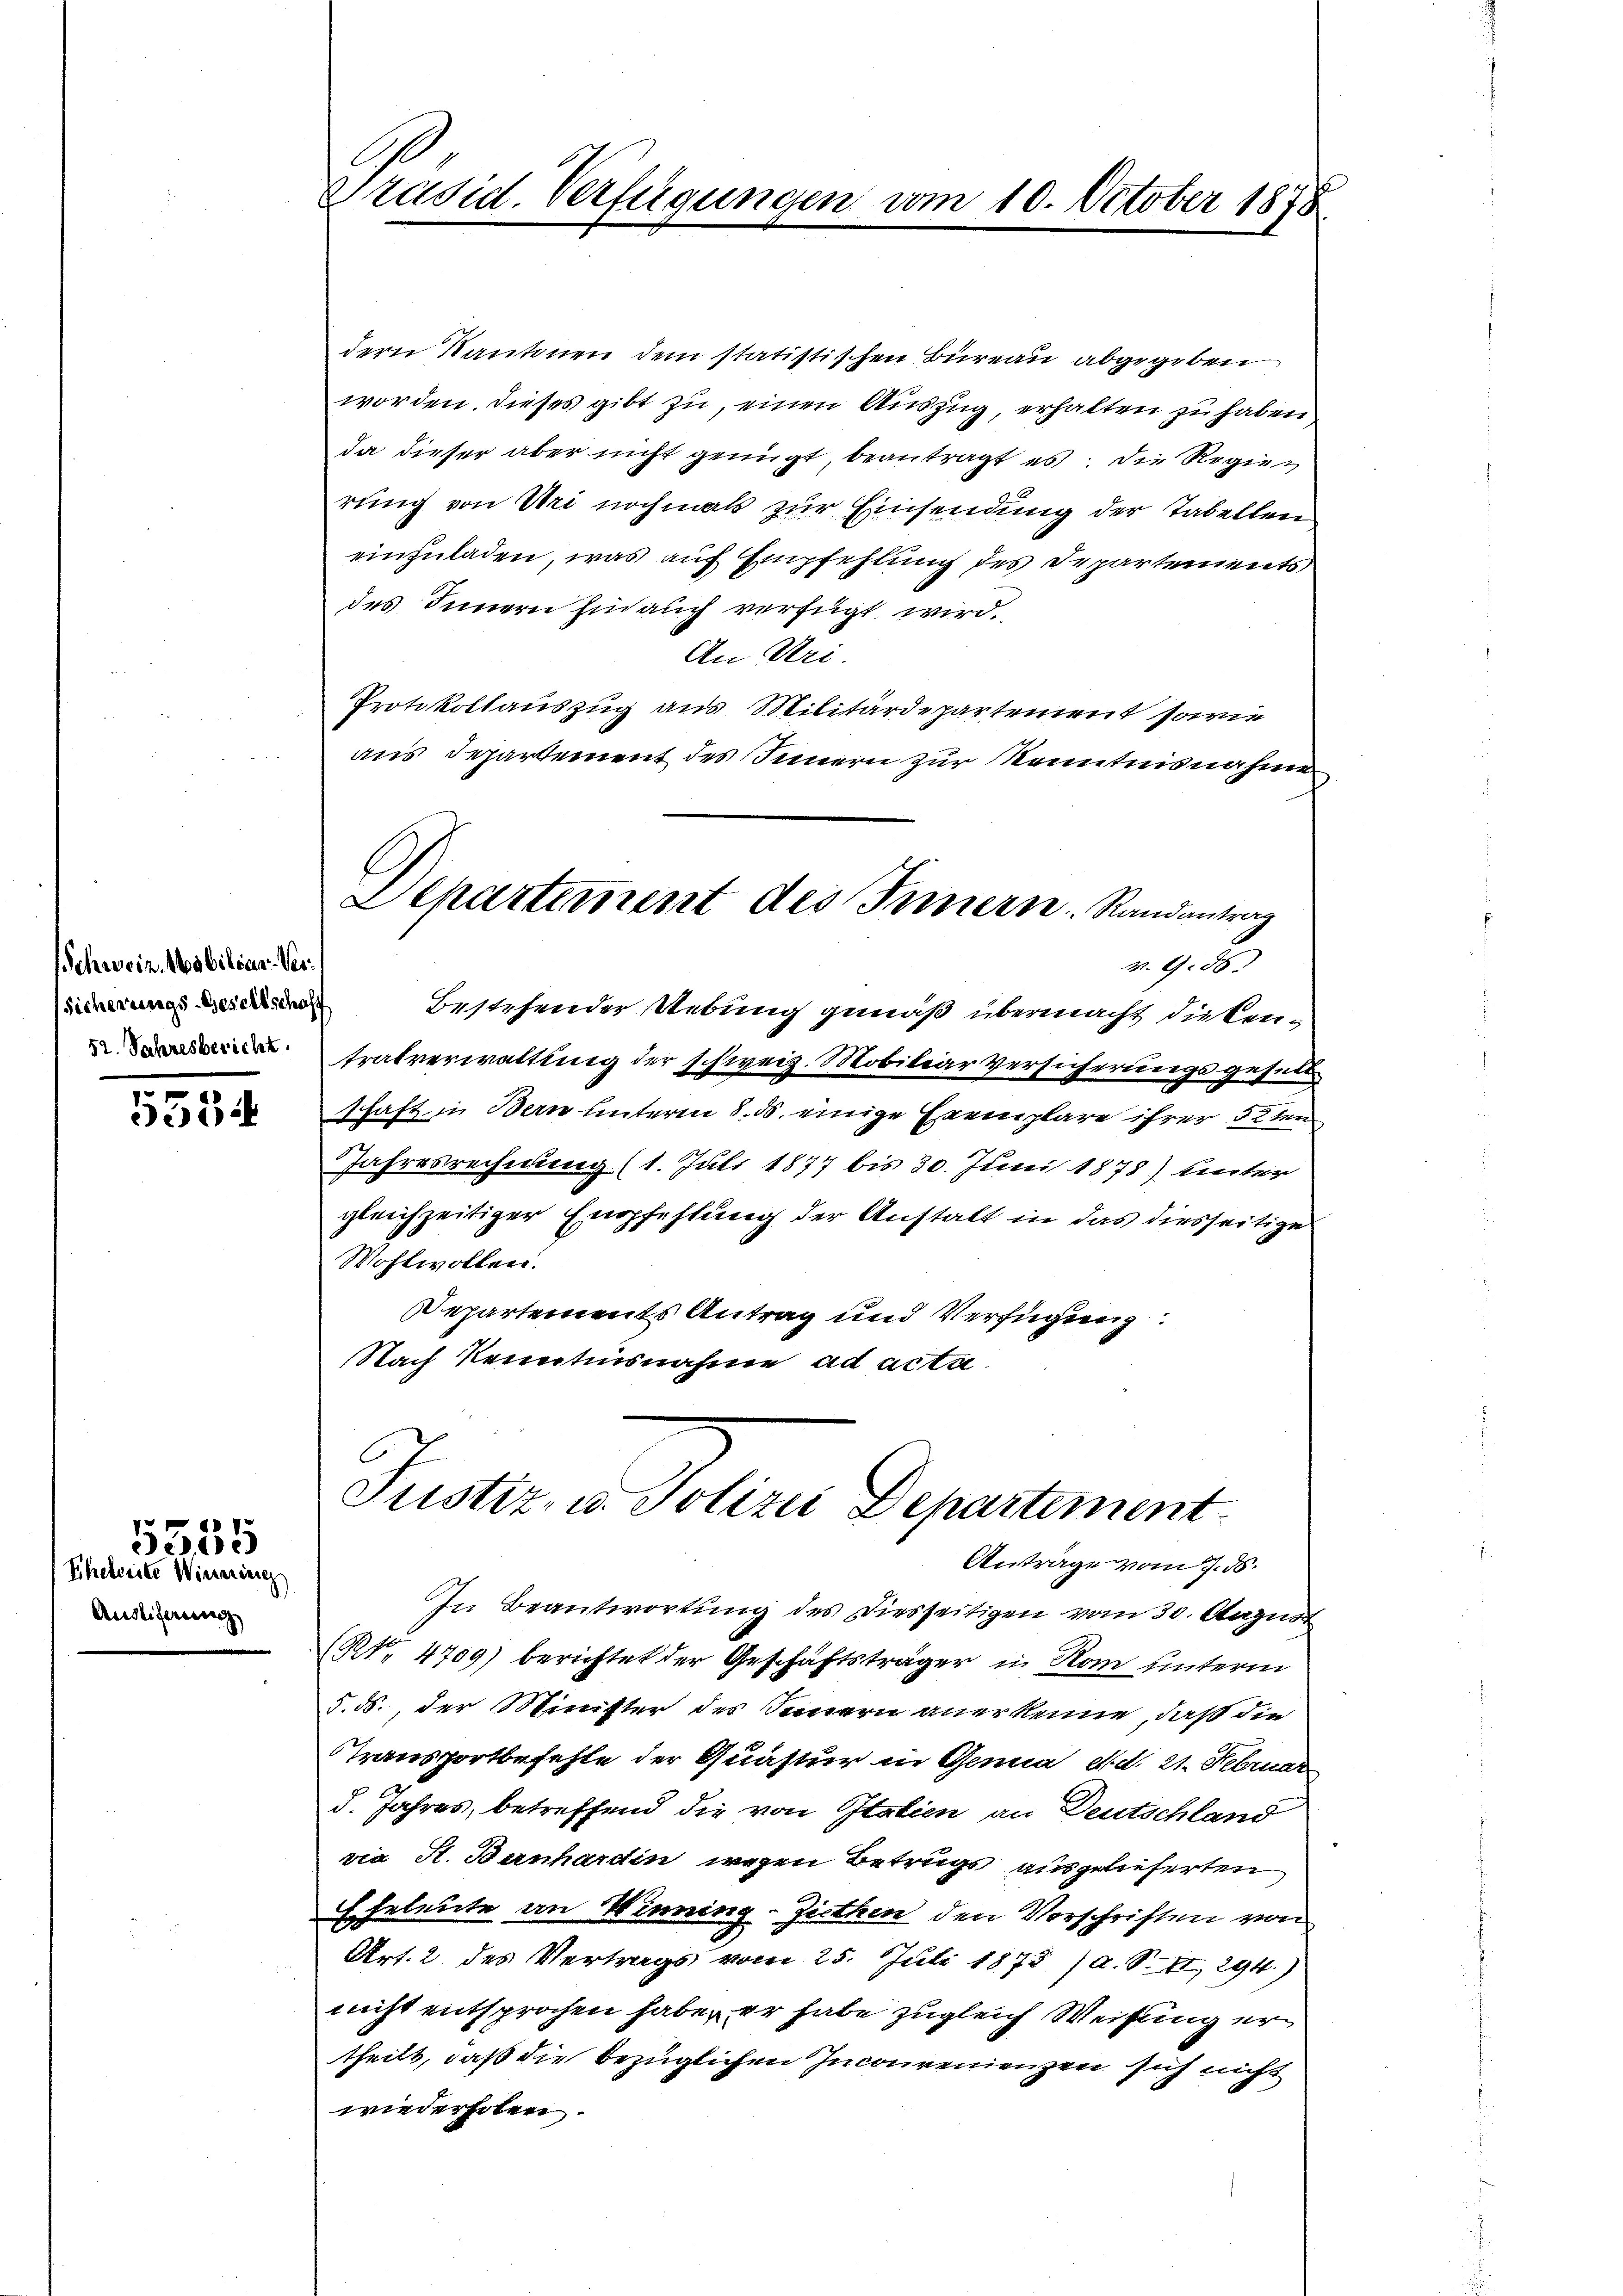
Schweiz. Mobiliar-Ver¬
52. Jahresbericht

553.

Eheleiste Winering
Ausliferung

5555

C
Präsid. Verfügungen vom 10. October 1878

dern Kantonen dem statistischen Büreau abgegeben
worden. Dieses gibt zu, einen Auszug, erhalten zu haben
da dieser aber nicht genügt, beantragt es die Regier
rung von Uri nochmals zur Einsendung der Tabellen
einzuladen, was auf Empfehlung des Departements
des Innern hin auch verfügt wird.
An Uri.
Protokollauszug aus Militärdepartement sowie
aus Departement des Innern zur Kenntnisnahme
C.
Departement des Innern. Randantrag
v. G. B.
 bestehender Nebung gemäß übermacht diesen-
tratverwaltung der schweiz. Mobiliar Versicherungsgesuchschaft in Bern unterm 8. ds. einige Exemplare ihrer 5ten
Jahresrechnung (1. Juli 1877 bis 30. Juni 1878) hinter
gleichzeitiger Empfehlung der Anstalt in das diesseitige
Wohlwollen.
DDepartements Antrag und Verfügung.
Nach Kenntnisnahme ad acta

Justiz- u. Polizei Departement
Anträge vom 7. ds.

In Beantwortung des Diesseitigen vom 30. August
(Nr. 4709) berichtet der Geschäftsträger in Rom unterm
§. ds., der Minister des Sinnern anerkenne, daß die
TTransportbefehle der Quastur in Genua d. d. 21. Februar
d. Jahres, betreffend die von Italien an Deutschland
via St. Bernhardin wegen Betrugs ausgelieferten
Eheleute an Winning-Ziethen den Vorschriften von
Art. 2 des Vertrags vom 25. Juli 1875 /A. S. II, 294.)
nicht entsprochen habe, er habe zugleich Weisung ertheilt, daß die bezüglichen Inconvenienzen sich nicht
wiederhoben.